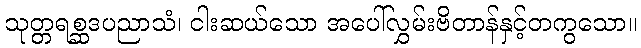
သုတ္တရစ္ဆဒပညာသံ၊ ငါးဆယ်သော အပေါ်လွှမ်းဗိတာန်နှင့်တကွသော။